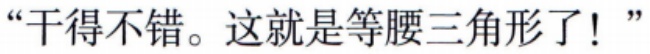
“干得不错。这就是等腰三角形了！”